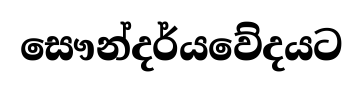
සෞන්දර්යවේදයට